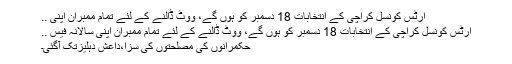
آرٹس کونسل کراچی کے انتخابات 18 دسمبر کو ہوں گے، ووٹ ڈالنے کے لئے تمام ممبران اپنی ..
آرٹس کونسل کراچی کے انتخابات 18 دسمبر کو ہوں گے، ووٹ ڈالنے کے لئے تمام ممبران اپنی سالانہ فیس ..
حکمرانوں کی مصلحتوں کی سزا،داعش دہلیزتک آگئی۔